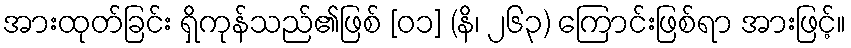
အားထုတ်ခြင်း ရှိကုန်သည်၏ဖြစ် [၀၁] (နိ၊ ၂၆၃) ကြောင်းဖြစ်ရာ အားဖြင့်။